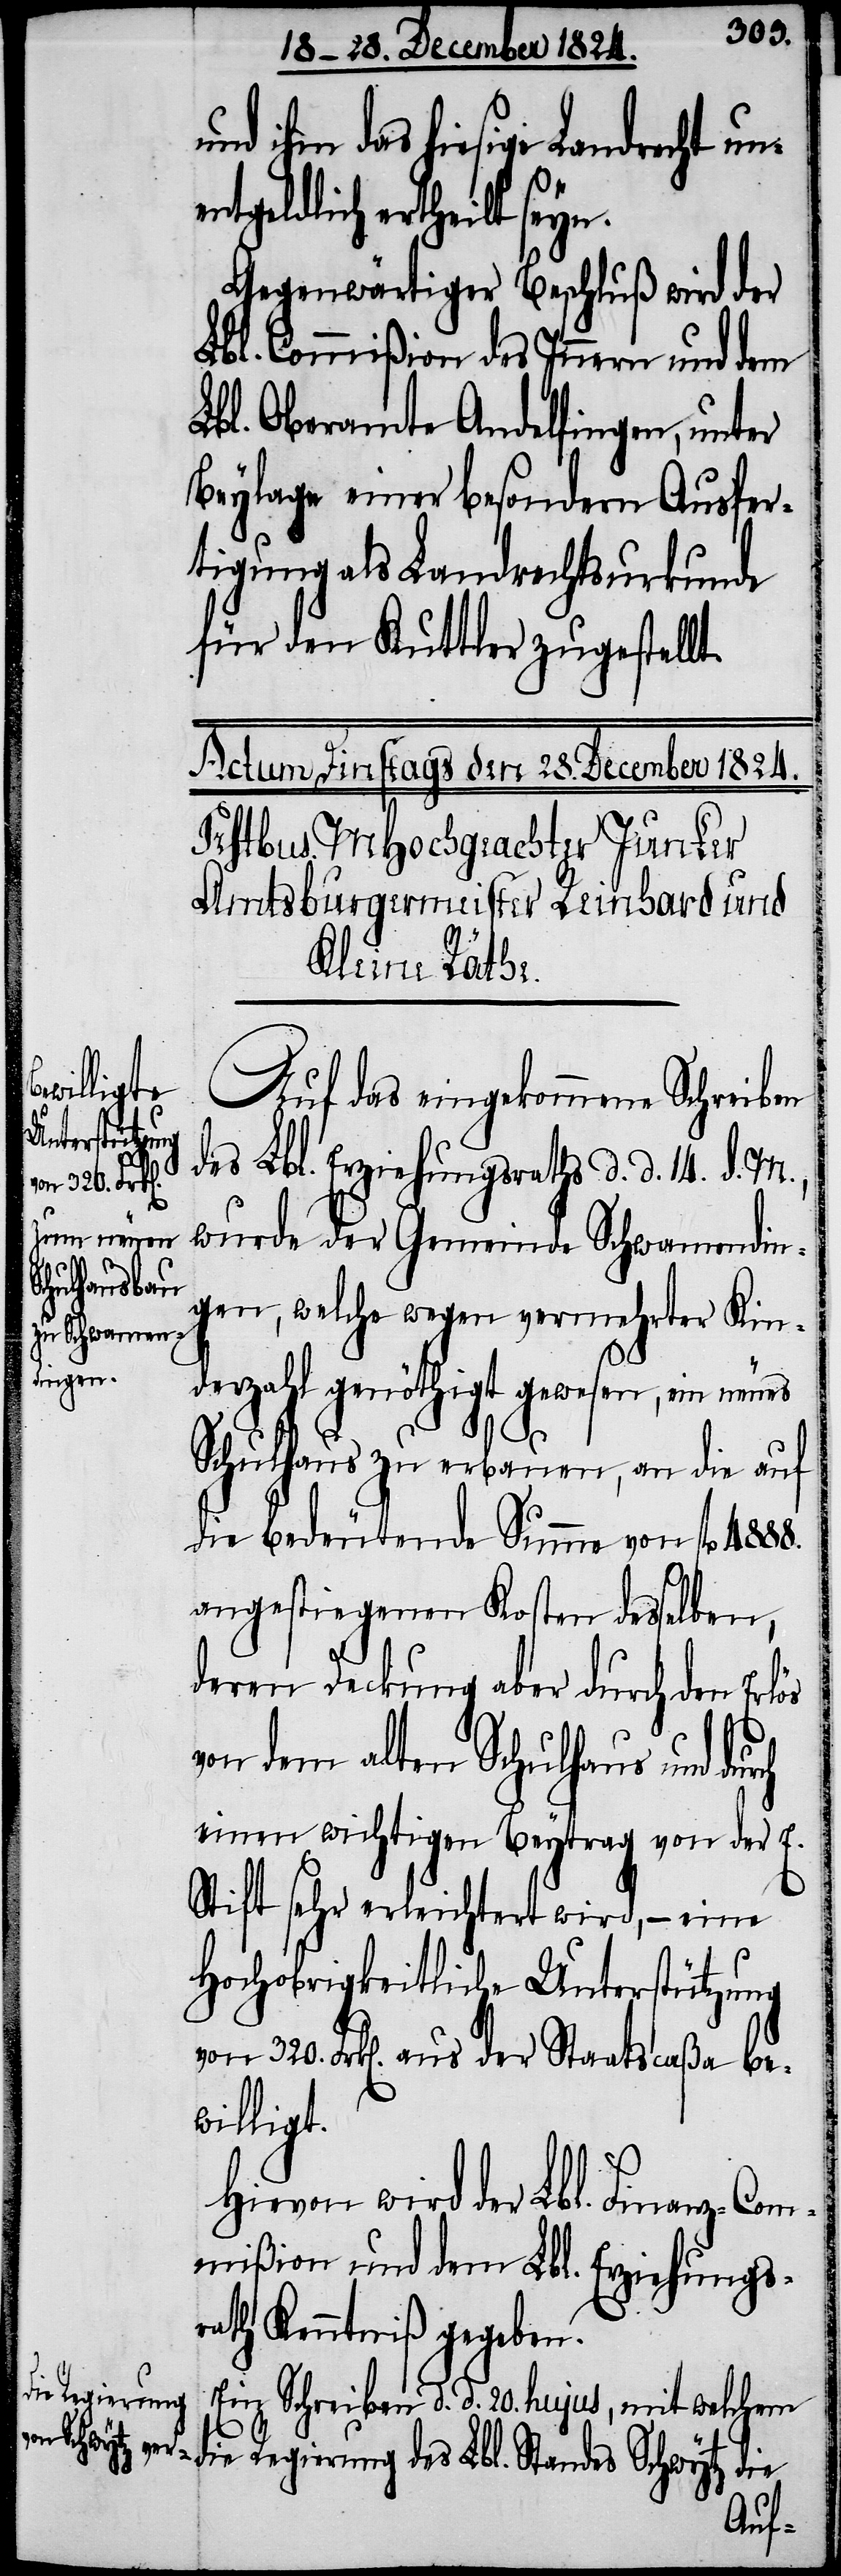
und ihm das hiesige Landrecht un¬
geldlich ertheilt seyn.
Gegenwärtiger Beschluß wird der
Lbl. Commißion des Innern und dem
Lbl. Oberamte Andelfingen, unter
Beylage einer besondern Ausfer¬
tigung als Landrechtsurkunde
für den Kuttler zugestellt.
Auf das eingekommene Schreiben
des Lbl. Erziehungsraths d. d. 14. d. M.,
wurde der Gemeinde Schwamendin¬
gen, welche wegen vermehrter Kin¬
derzahl genöthigt gewesen, ein neues
Schulhaus zu erbauen, an die auf
die bedeutende Summe von fl. 4888.
angestiegenen Kosten desselben,
deren Deckung aber durch den
von dem alten Schulhaus und
einen wichtigen Beytrag von der E.
Stift sehr erleichtert wird, – eine
Hochobrigkeitliche Unterstützung
von 320. Frk[en]. aus der Staatscaßa be¬
willigt.
Hiervon wird der Lbl. Finanz-Com¬
mißion und dem Lbl. Erziehungs¬
rath Kenntniß gegeben.
Ein Schreiben d. d. 20. hujus, mit welchem
die Regierung des Lbl. Standes Schwytz die
ent¬